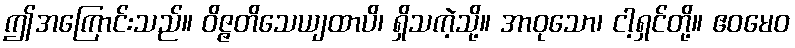
ဤအကြောင်းသည်။ ဝိဇ္ဇတိသေယျထာပိ၊ ရှိသကဲ့သို့။ အာဝုသော၊ ငါ့ရှင်တို့။ ဧဝမေဝ